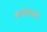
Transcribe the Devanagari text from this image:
वर्षावनात